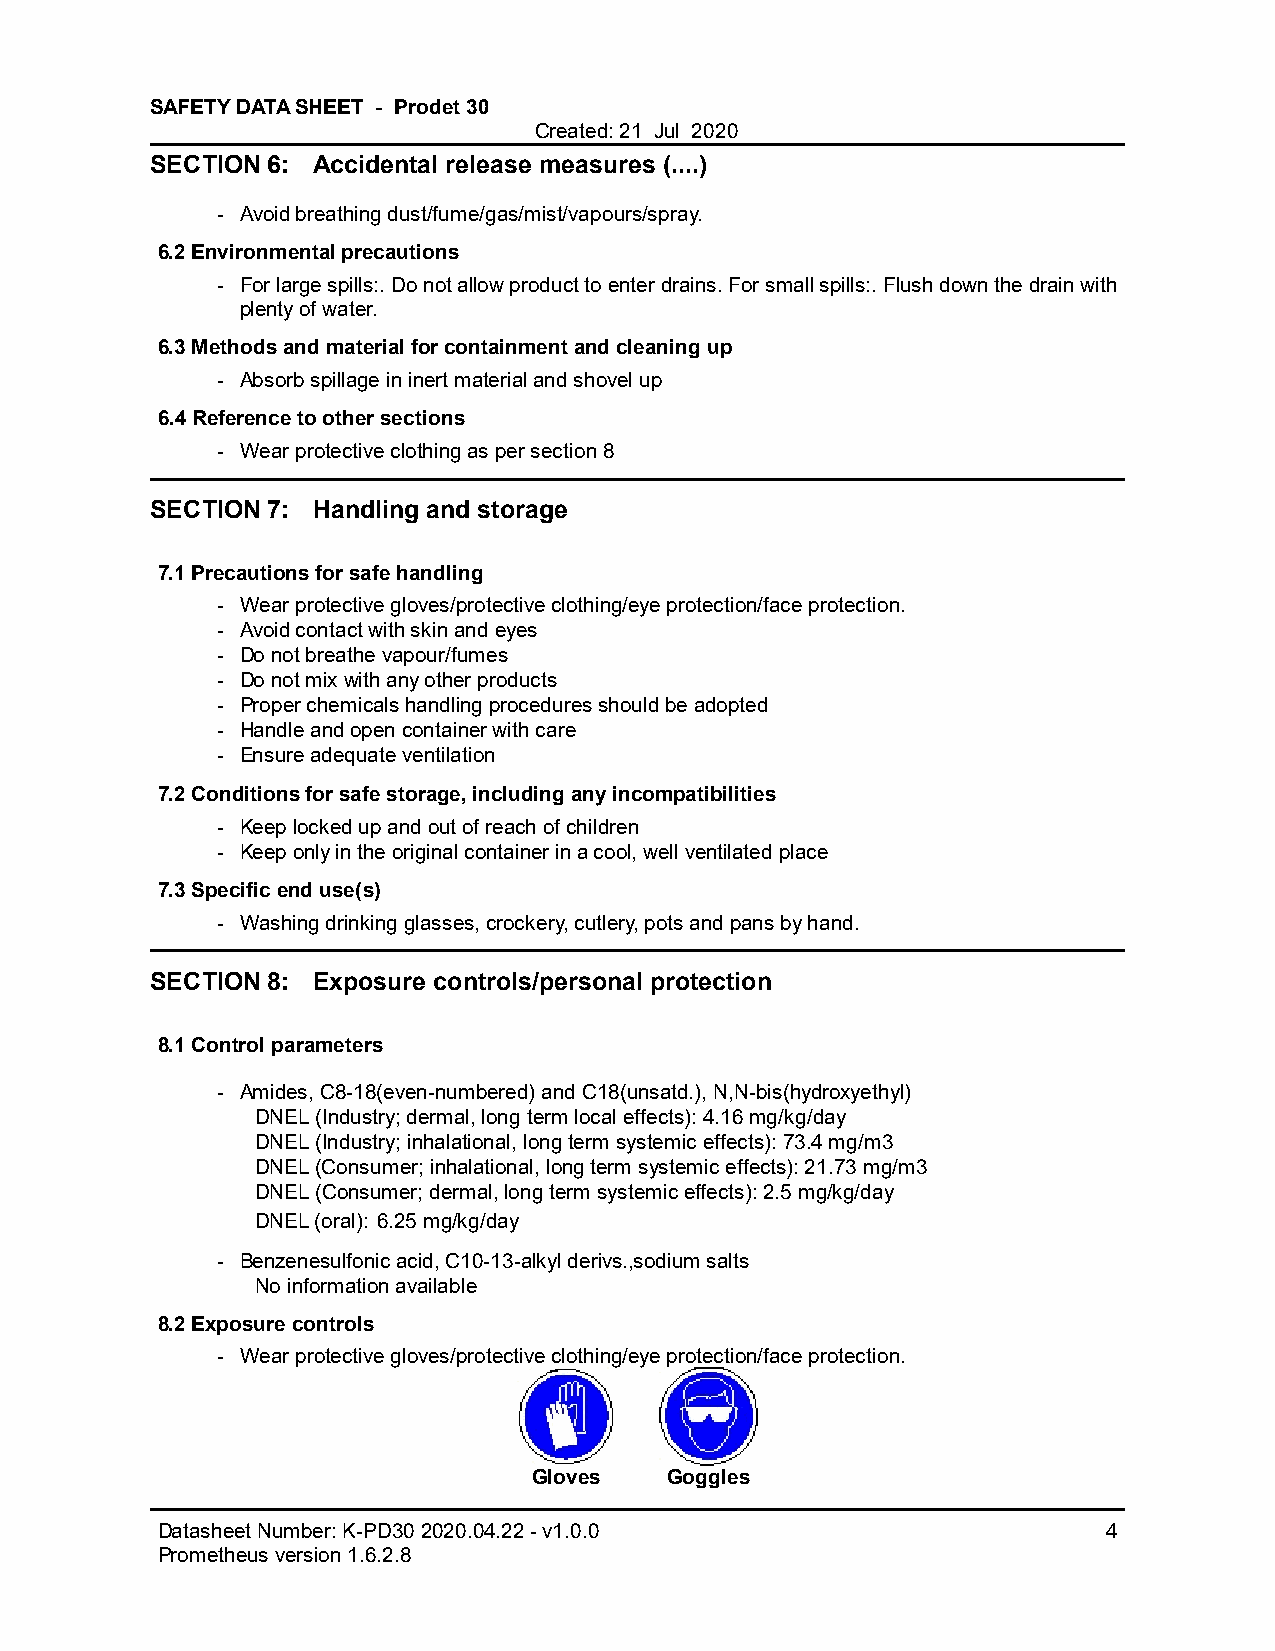
SAFETY DATA SHEET - Prodet 30
 Created: 21 Jul 2020
 SECTION 6: Accidental release measures (....)
 - Avoid breathing dust/fume/gas/mist/vapours/spray.
 6.2 Environmental precautions
 - For large spills:. Do not allow product to enter drains. For small spills:. Flush down the drain with
 plenty of water.
 6.3 Methods and material for containment and cleaning up
 - Absorb spillage in inert material and shovel up
 6.4 Reference to other sections
 - Wear protective clothing as per section 8
 SECTION 7: Handling and storage
 7.1 Precautions for safe handling
 - Wear protective gloves/protective clothing/eye protection/face protection.
 - Avoid contact with skin and eyes
 - Do not breathe vapour/fumes
 - Do not mix with any other products
 - Proper chemicals handling procedures should be adopted
 - Handle and open container with care
 - Ensure adequate ventilation
 7.2 Conditions for safe storage, including any incompatibilities
 - Keep locked up and out of reach of children
 - Keep only in the original container in a cool, well ventilated place
 7.3 Specific end use(s)
 - Washing drinking glasses, crockery, cutlery, pots and pans by hand.
 SECTION 8: Exposure controls/personal protection
 8.1 Control parameters
 - Amides, C8-18(even-numbered) and C18(unsatd.), N,N-bis(hydroxyethyl)
 DNEL (Industry; dermal, long term local effects): 4.16 mg/kg/day
 DNEL (Industry; inhalational, long term systemic effects): 73.4 mg/m3
 DNEL (Consumer; inhalational, long term systemic effects): 21.73 mg/m3
 DNEL (Consumer; dermal, long term systemic effects): 2.5 mg/kg/day
 DNEL (oral): 6.25 mg/kg/day
 - Benzenesulfonic acid, C10-13-alkyl derivs.,sodium salts
 No information available
 8.2 Exposure controls
 - Wear protective gloves/protective clothing/eye protection/face protection.
 Gloves   Goggles
 Datasheet Number: K-PD30 2020.04.22 - v1.0.0                   4
 Prometheus version 1.6.2.8